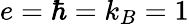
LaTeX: e=\hbar=k_{B}=1